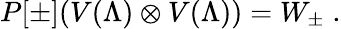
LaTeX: P[\pm](V(\Lambda)\otimes V(\Lambda))=W_{\pm}\; .